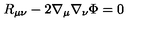
R _ { \mu \nu } - 2 \nabla _ { \mu } \nabla _ { \nu } \Phi = 0